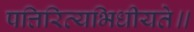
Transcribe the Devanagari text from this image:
पत्तिरित्यभिधीयते॥